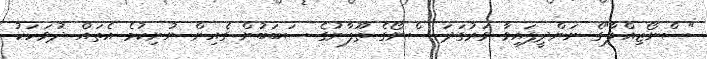
"ސްނޯޒިއްލާ"ގެ ނަންދީފައިވާ ވަރުގަދަ ސްނޯގެ ތޫފާނުގެ ސަބަބުން ގެއިން ނުނިކުމެ އެތައް ދުވަހަކު